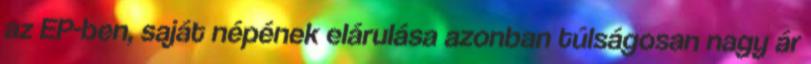
az EP-ben, saját népének elárulása azonban túlságosan nagy ár